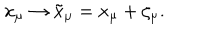
LaTeX: x _ { \mu } \to \tilde { x } _ { \mu } = x _ { \mu } + \zeta _ { \mu } .